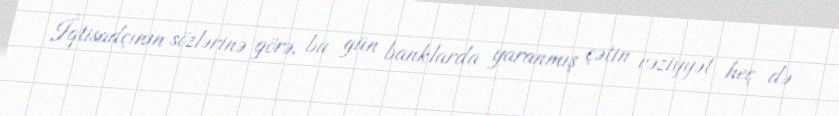
İqtisadçının sözlərinə görə, bu gün banklarda yaranmış çətin vəziyyət heç də